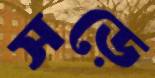
সড়ে